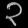
Digit: ၃